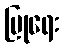
ပြုရေး